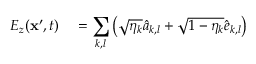
\begin{array} { r l } { E _ { z } ( \mathbf { x } ^ { \prime } , t ) } & { { } = { \displaystyle \sum _ { k , l } } \left( \sqrt { \eta _ { k } } \hat { a } _ { k , l } + \sqrt { 1 - \eta _ { k } } \hat { e } _ { k , l } \right) } \end{array}